65_HS1-834228961_62-HQ-83894_Serial_164
Agency: FBI
Page 135
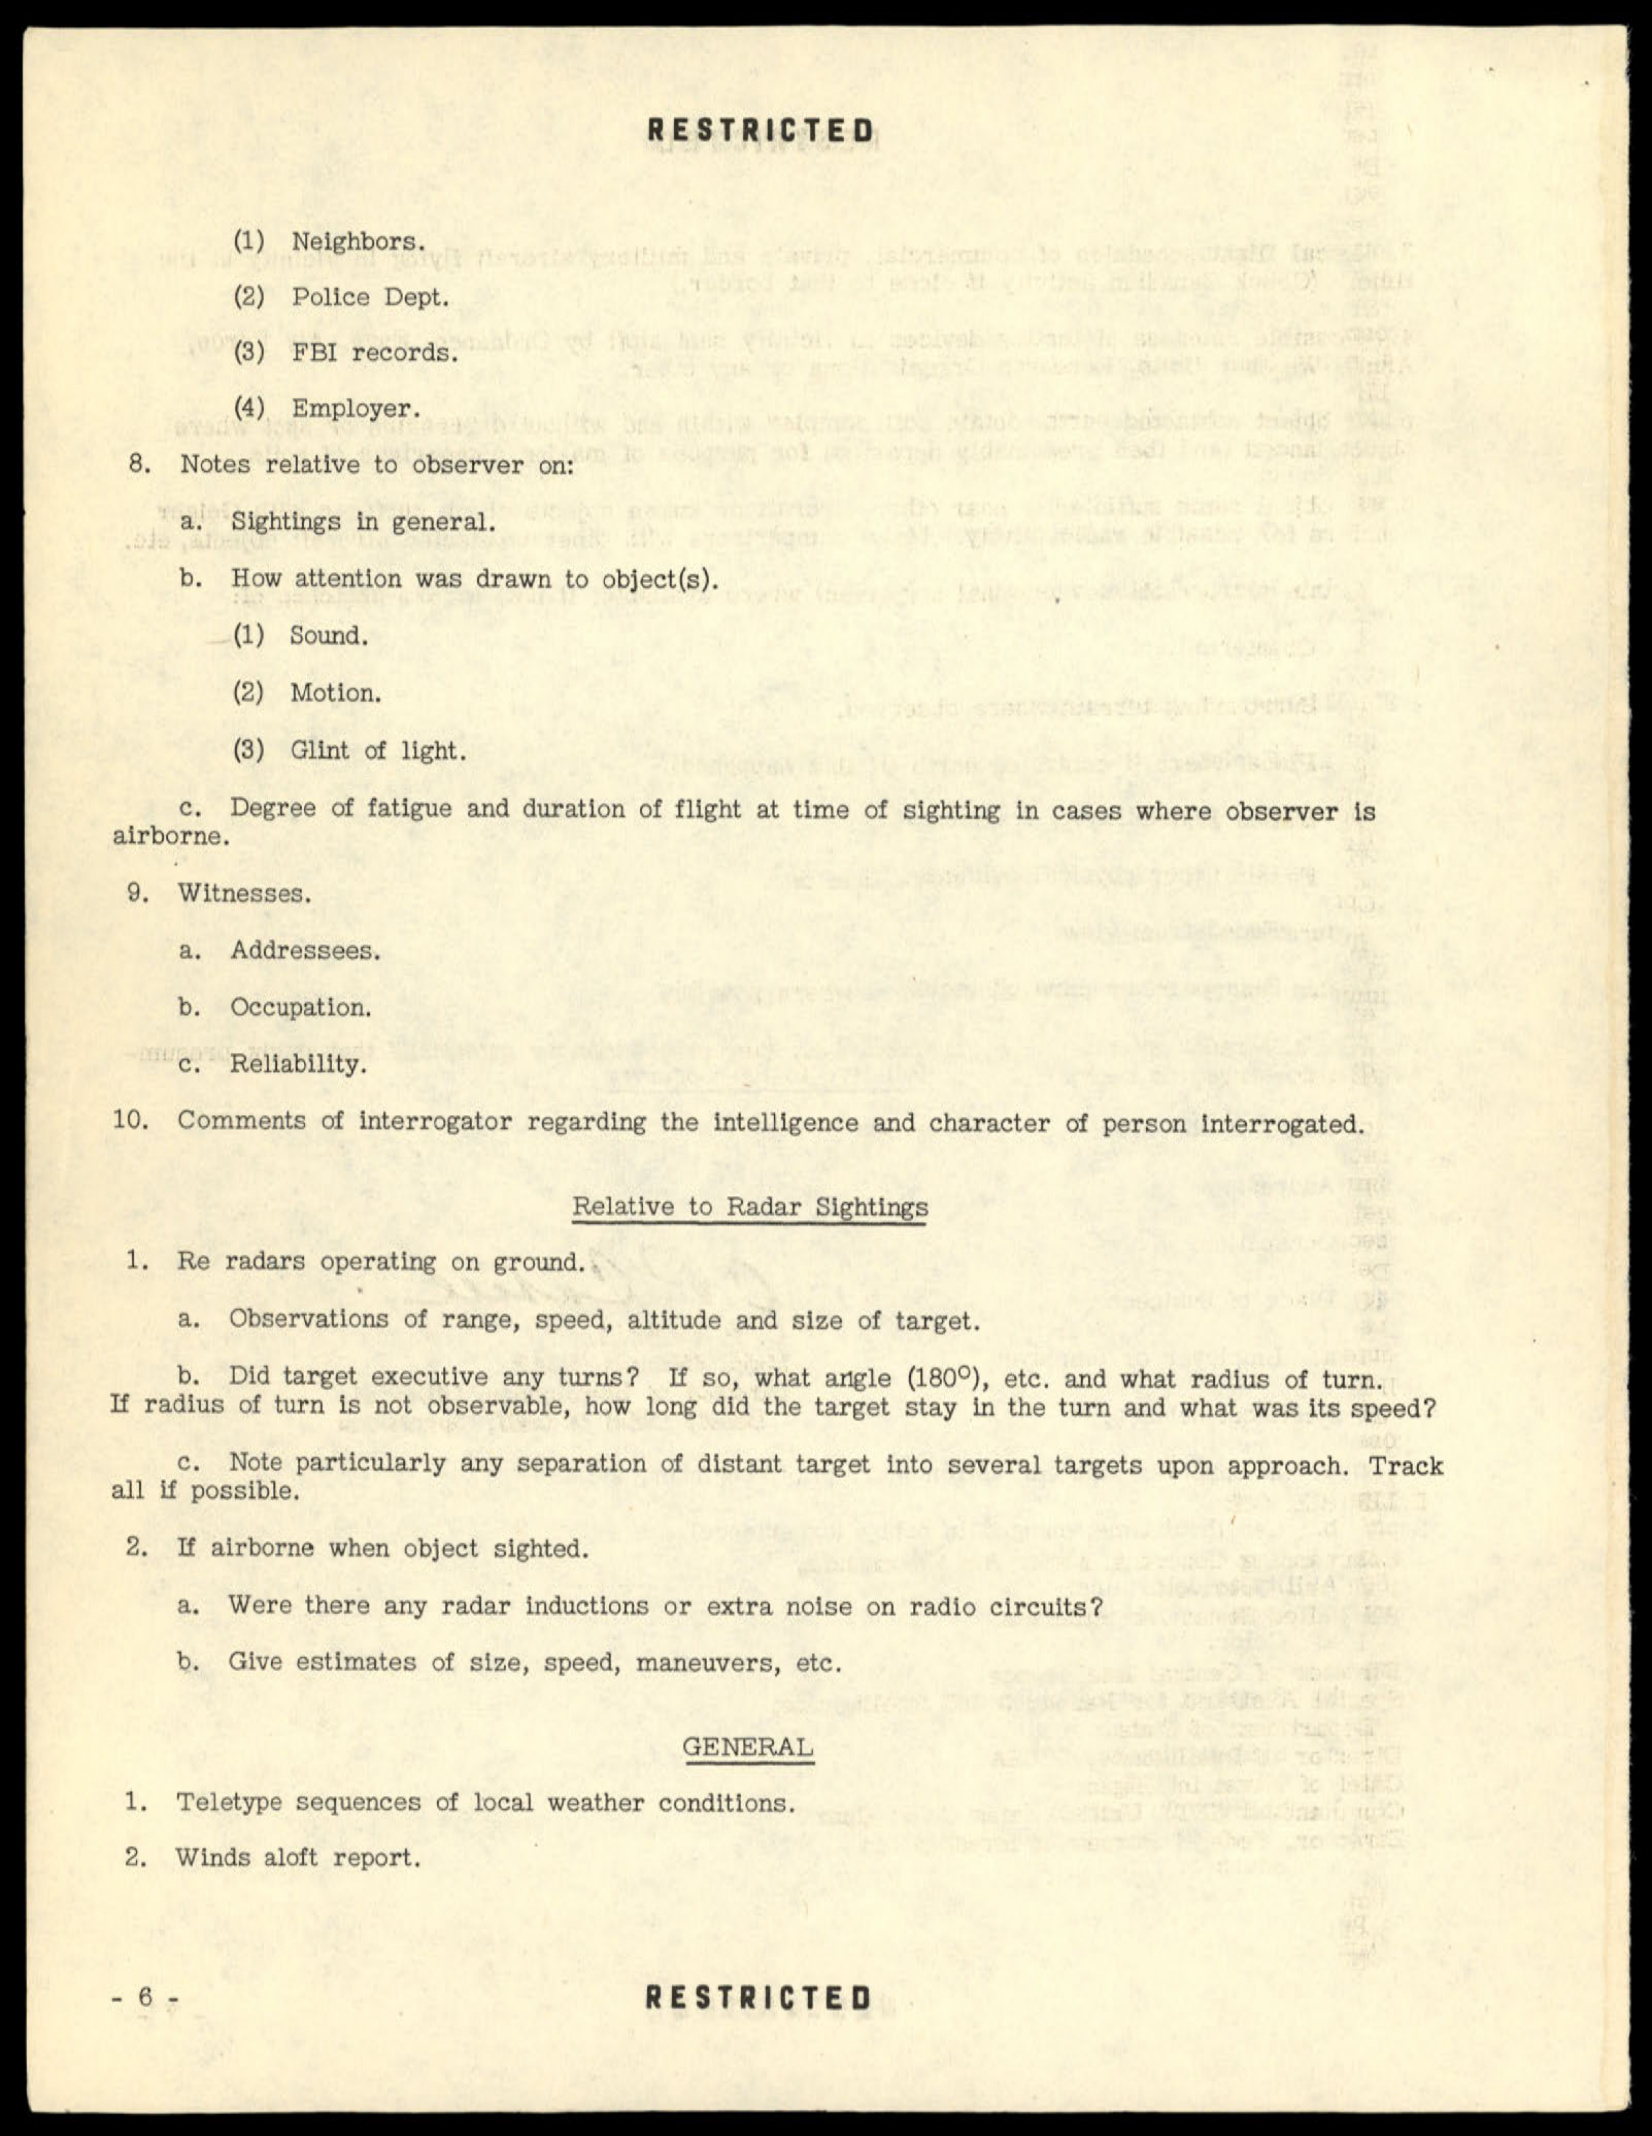